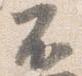
不